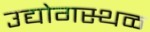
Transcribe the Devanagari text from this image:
उद्योगस्थळ